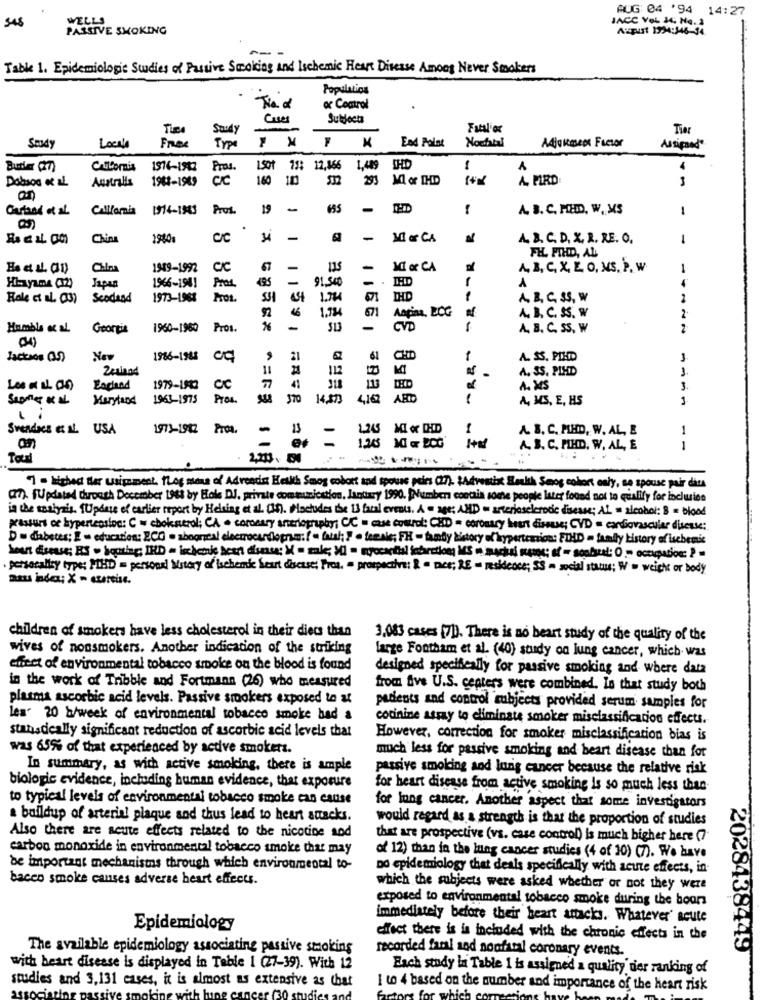
AUG: 04 '94 14:27
WELLS
JACC Vol 14. No. 3
548
PASSIVE SMOKING
A:spust 1934:346-34
Table 1. Epidemiologic Studies of Passive Smoking and Ischemic Heart Disease Among Never Smokers
Population
Thad
oc Control
Crees
Subjects
Sandy
Fatl'or
Tier
Free
End Point
Nochtal
Adjaimeos Factor
Smdy
Locale
TYP
Assigned"
Butler (27)
1914-1942
Pros.
1501 71: 12,866
1,489 THD
1
Dobson of aL
Australis
1982-1989
CIC
160
293
MI or THD
A. PIRO
3
an
California
Pros.
19
-
A. B. C. MED. W. MS
-
China
C/C
-
MI or CA
A. B. C. D. X. R. RE. O.
-
FH. FIHD, AL
Chin
1949-1992
C/C
67
-
115
MI or CA
A,B, C, X, LO, MS.P. W
Y
-
Hiayına (2)
1966-1981
495
91,540
-
Pros
Hole et al. (3)
Scodand
1973-1968
S31
1.784
671
IHD
1
A, B, C, 35, W
1,724
671
Angina, ECG
A. B. C. SS. W
Humble ac al
Georgia
1960-1960
Pros.
-
CVD
A, B, C, SS, W
2
Jactaos (S)
New
1986-1988 CC
21
61
CHID
A. SS. PIND
24sinnd
11
112
A. SS. PIHD
1.
1979-1932
CC
41
113
A. MS
3.
Saomer & al
Maryland
1963-1975
Pros.
170
14,473
4.162
A, MS, E, HS
3
. :
Svendnes E IL USA
1973-1982 Proa.
13
1,245 MCI or THD
A. B. C. MHD, W. AL, E
1
an
1.20 11 w BOG
A. B. C. FIND, W, AL, E
1
2.203 - 64
7 . lighed ther uniquement. ILog mons of Adreadin Hetkh Smog cobort and spouse peles 027). &Advenche Bankh Seog cohort only, se spouse pair dita
(27). fUpdated through December 1983 by Hole DJ. private communication, Jantary 1990. [Number contais some people later found not to qualify for inclusion
in the thalysis. fUpdate of earlier report by Helsing et al. (In). Moctudes the 13 fatal events. A . age; AND - arteriosclerodie disease; AL = alcohol: 8 = blood
*assure ce hypertensive: C = ebokserol; CA · coronary anerlography; C/C - case control: CHD = coronary heart disease; CVD = cardiovascular disease;
De diabetes; È = education: ECG . abogreal electrocardiogram :! « hausl; } . female; FH - fandy history of krypertemion: FIHD - family history of ischemic
personality types PHD = personal History of ischemie heart disease: Pros, a prospective; & " pace; RE - residence; SS - social status; W = weich or body
children of smokers have less cholesterol in their diecs than
3.083 cases [7]). There is no heart study of the quality of the
wives of nonsmokers. Another indication of the striking
large Fontham et al. (40) study on lung cancer, which was
effect of environmental tobacco smoke on the blood is found
designed specifically for passive smoking and where data
in the work of Tribble and Fortmann (26) who measured
from five U.S. centers were combined. Is that study both
plasma ascorbic acid levels. Passive smokers exposed to at
patients and control subjects provided serum samples for
les' 20 b/week of environmental tobacco smoke had a
codinine assay to eliminate smoker misclassification effects.
stanadeally significant reduction of ascorbic acid levels that
However, correction for smoker misclassification bias is
was 65% of that experienced by active smokers.
much less for passive smoking and heart disease than for
In summary, as with active smoking, there is ample
passive smoking and lung cancer because the relative risk
biologic evidence, including human evidence, that exposure
for heart disease from active smoking is so much less than-
to typical levels of environmental tobacco smoke can cause
for lung cancer. Another aspect that some investigators
a buildup of arterial plaque and thus lead to heart attacks.
would regard as a strength is that the proportion of studies
Also there are acute effects related to the nicotine sod
that are prospective (vs. case control) is much higher here (7
carbon monoxide in environmental tobacco smoke that may
of 12) than in the lung cancer studies (4 of 30) (7). We have
be important mechanisms through which environmental to-
Do epidemiology that deals specifically with acute effects, in
bacco smoke canses adverse heart effects.
which the subjects were asked whether or not they were
exposed to environmental tobacco smoke during the boors
immediately before their heart attacks. Whatever' acute
Epidemiology
effect there is is included with the chronic effects in the
The available epidemiology associating passive smoking
recorded faml and nonfatal coronary events.
2028438449
with heart disease is displayed in Table 1 (27-39). With 12
Each study in Table 1 is assigned a quality' der ranking of
studies and 3,131 cases, it is almost as extensive as Chat
I to 4 based on the number and importance of the heart risk